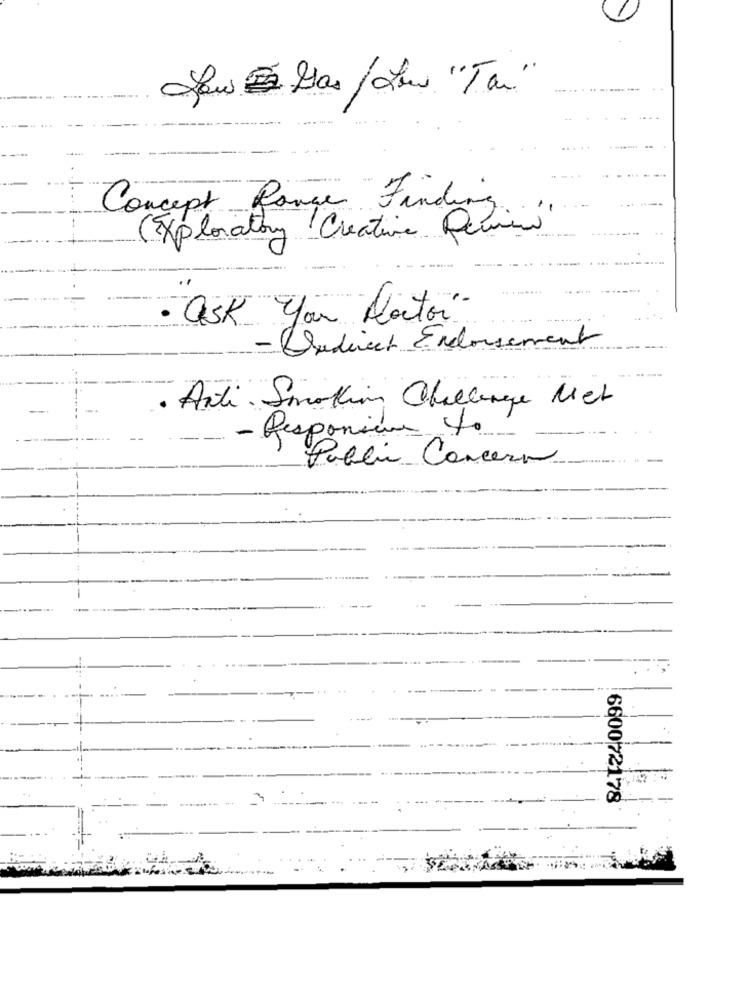
Concept Rouge Finding
(Exploratory Creative Remind
· ask You Notor
- Dudirect Endorsement
Arti Smoking Challenge Met
- Responsive to
----- -
Public Cancero
6600 72178